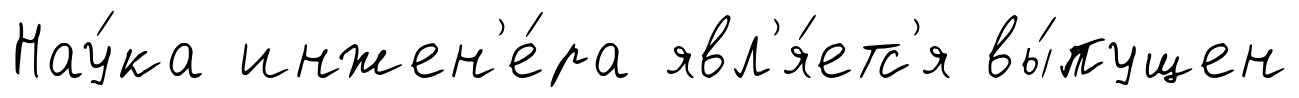
Нау́ка инжен'е́ра явл'я́етс'я вы́пущен